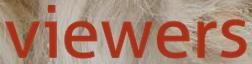
viewers